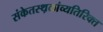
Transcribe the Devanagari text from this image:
संकेतस्थ़ळांव्यतिरिक्त